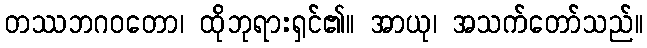
တဿဘဂဝတော၊ ထိုဘုရားရှင်၏။ အာယု၊ အသက်တော်သည်။